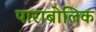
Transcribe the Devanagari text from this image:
पाराबोलिक